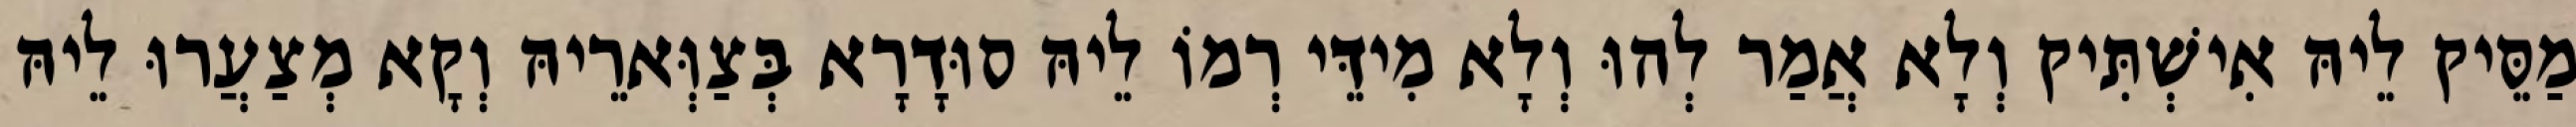
מַסֵּיק לֵיהּ אִישְׁתִּיק וְלָא אֲמַר לְהוּ וְלָא מִידֵּי רְמוֹ לֵיהּ סוּדָרָא בְּצַוְּארֵיהּ וְקָא מְצַעֲרוּ לֵיהּ